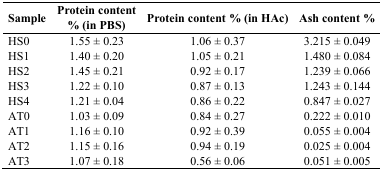
| Sample | Protein content % (in PBS) | Protein content % (in HAc) | Ash content % |
 | --- | --- | --- | --- |
 | HS0 | 1.55 ± 0.23 | 1.06 ± 0.37 | 3.215 ± 0.049 |
 | HS1 | 1.40 ± 0.20 | 1.05 ± 0.21 | 1.480 ± 0.084 |
 | HS2 | 1.45 ± 0.21 | 0.92 ± 0.17 | 1.239 ± 0.066 |
 | HS3 | 1.22 ± 0.10 | 0.87 ± 0.13 | 1.243 ± 0.144 |
 | HS4 | 1.21 ± 0.04 | 0.86 ± 0.22 | 0.847 ± 0.027 |
 | AT0 | 1.03 ± 0.09 | 0.84 ± 0.27 | 0.222 ± 0.010 |
 | AT1 | 1.16 ± 0.10 | 0.92 ± 0.39 | 0.055 ± 0.004 |
 | AT2 | 1.15 ± 0.16 | 0.94 ± 0.19 | 0.025 ± 0.004 |
 | AT3 | 1.07 ± 0.18 | 0.56 ± 0.06 | 0.051 ± 0.005 |